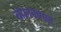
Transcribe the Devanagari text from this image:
बोलवणार